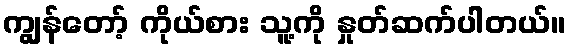
ကျွန်တော့် ကိုယ်စား သူ့ကို နှုတ်ဆက်ပါတယ်။